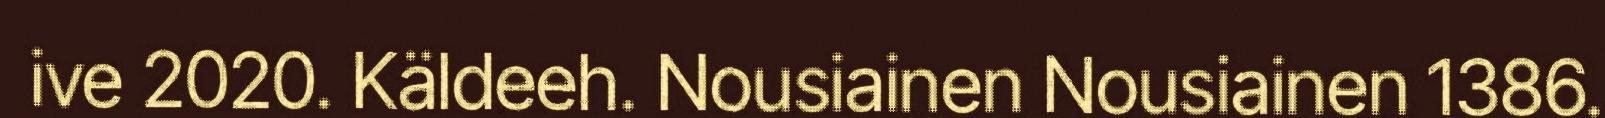
ive 2020. Käldeeh. Nousiainen Nousiainen 1386.